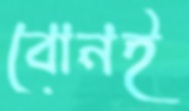
বোনই